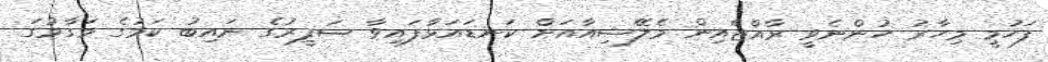
ފަހުމީ މިހާރު ހުންނެވީ ރާއްޖެއިން މެލޭޝިއާއަށް ކަނޑައަޅާފައިވާ ސަފީރުގެ ނައިބު ކަމުގެ މަގާމުގަ